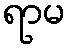
ရာမ